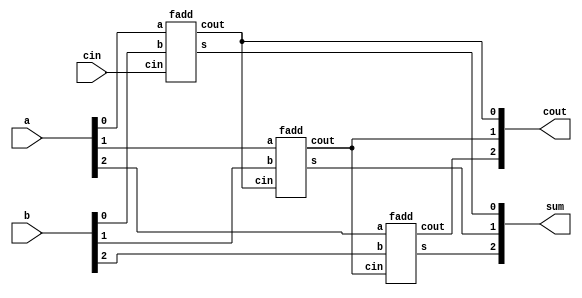
module top_module( 
    input [2:0] a, b,
    input cin,
    output [2:0] cout,
    output [2:0] sum );

//ripple-carry adder.
    fadd fa0(a[0], b[0], cin, sum[0], cout[0]);
    fadd fa1(a[1], b[1], cout[0], sum[1], cout[1]);
    fadd fa2(a[2], b[2], cout[1], sum[2], cout[2]);


endmodule

module fadd(
    input a, b, cin,
    output s, cout);

    assign s = a ^ b ^ cin;
    assign cout = (a && b) || (a && cin) || (b && cin);

endmodule